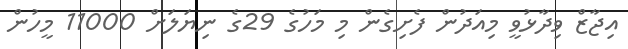
އިޖާޒް ވިދާޅުވީ މިއަދުން ފެށިގެން މި މަހުގެ 29ގެ ނިޔަލަށް 11000 މީހުން